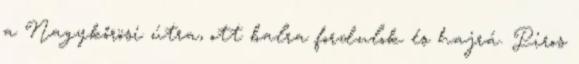
a Nagykőrösi útra, ott balra fordulok és hajrá. Piros